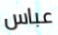
عباس